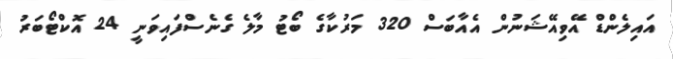
އައިލެންޑް އޭވިއޭޝަނުން އެއާބަސް 320 މަރުކާގެ ބޯޓު މާލެ ގެނެސްފައިވަނީ 24 އޮކްޓޯބަރު